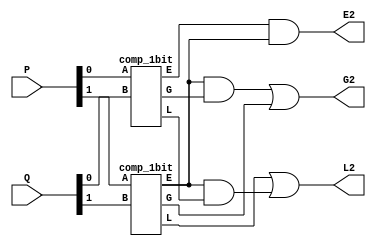
//2bit comparator

module comp_2bit( G2,L2,E2,P,Q );
  
  input  [1:0]P,Q;
  output E2,G2,L2;
  
  wire e0,e1,g0,g1,l0,l1;
  
  comp_1bit C0 ( g0,l0,e0,P[0],Q[0] );//instantiating 1 bit comparators
  comp_1bit C1 ( g1,l1,e1,P[1],Q[1] );
  
  assign E2=e0&e1;
  assign G2=(e1&g0)|g1;
  assign L2=l1|(e1&l0);
  
endmodule
  
  //1bit comparator

module comp_1bit( G, L, E, A, B );
  output G,L,E;
  input A,B;
  wire Bbar,Abar;
  
  not x1(Abar,A);
  not x2(Bbar,B);
  
  
  xnor x3(E,A,B);
  and  x4(G,A,Bbar);
  and  x5(L,Abar,B);
  
  // another way
  //assign E=A~^B; a XNOR b, a equals b
 // assign G=A&~B; a > b
  //assign L=~A&B; a < b
  
endmodule